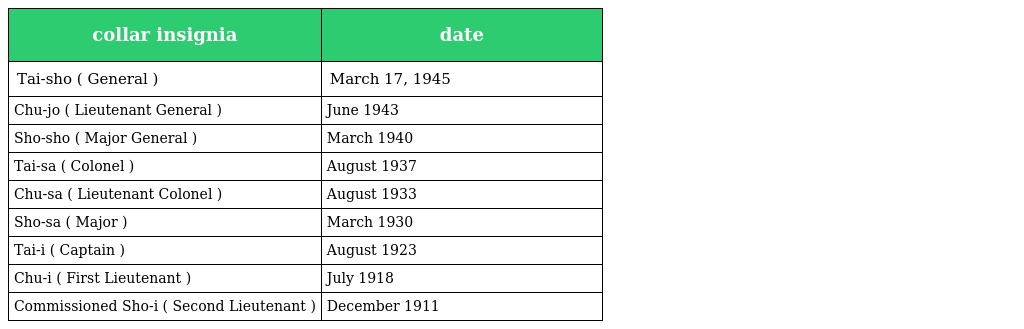
| collar insignia | date |
 | --- | --- |
 | 大将Tai-sho ( General ) | March 17, 1945 |
 | 中将Chu-jo ( Lieutenant General ) | June 1943 |
 | 少将Sho-sho ( Major General ) | March 1940 |
 | 大佐Tai-sa ( Colonel ) | August 1937 |
 | 中佐Chu-sa ( Lieutenant Colonel ) | August 1933 |
 | 少佐Sho-sa ( Major ) | March 1930 |
 | 大尉Tai-i ( Captain ) | August 1923 |
 | 中尉Chu-i ( First Lieutenant ) | July 1918 |
 | Commissioned 少尉Sho-i ( Second Lieutenant ) | December 1911 |